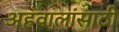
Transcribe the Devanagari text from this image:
अहवालांसाठी